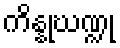
ကိန္နုဃဏ္ဍု